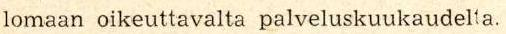
lomaan oikeuttavalta palveluskuukaudelta.